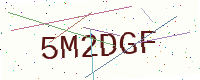
Text: 5M2DGF